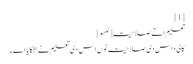
[1]
تعلیم اتے صلاحیت[لکھو]
کالی داس دی صلاحیت نوں اس دی تعلیم نے لشکایا اے۔